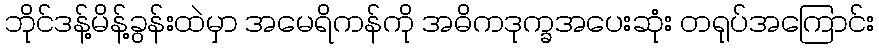
ဘိုင်ဒန့်မိန့်ခွန်းထဲမှာ အမေရိကန်ကို အဓိကဒုက္ခအပေးဆုံး တရုပ်အကြောင်း